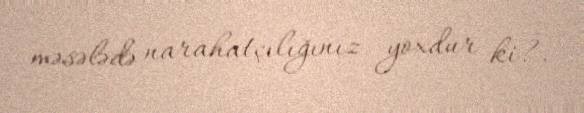
məsələdə narahatçılığınız yoxdur ki?.